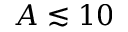
A \lesssim 1 0